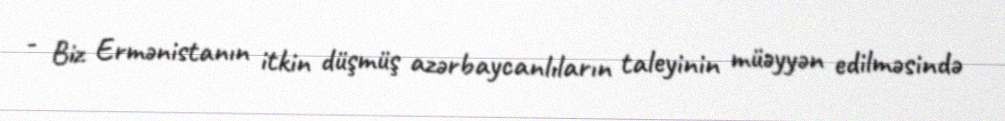
- Biz Ermənistanın itkin düşmüş azərbaycanlıların taleyinin müəyyən edilməsində